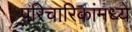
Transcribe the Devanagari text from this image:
परिचारिकांमध्ये